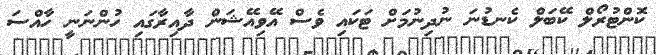
ކޮންޓުރޯލް ކޭބަލް ކެނޑުނަ ނުދިނުމަށް ޓަކައި ވެސް އޭވިއޭޝަން ދާއިރާގައި ހުންނަނީ ހާއްސަ